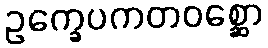
ဥက္ခေပကတဝစ္ဆော